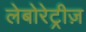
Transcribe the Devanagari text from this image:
लेबोरेट्रीज़